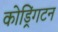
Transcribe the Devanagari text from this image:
कोड्रिंगटन